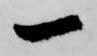
一